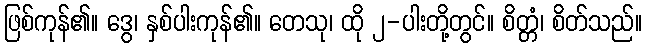
ဖြစ်ကုန်၏။ ဒွေ၊ နှစ်ပါးကုန်၏။ တေသု၊ ထို ၂-ပါးတို့တွင်။ စိတ္တံ၊ စိတ်သည်။